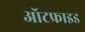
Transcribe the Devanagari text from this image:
ऑटफ्राइड